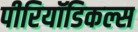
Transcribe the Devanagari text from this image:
पीरियॉडिकल्स